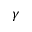
\gamma